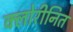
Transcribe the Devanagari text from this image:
क्लोरीनित